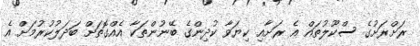
ރަށްރަށުގެ ސްކޫލުތައް އެ ރަށާއި ކިޔަވާ ކުދިންގެ ބޭނުންތަކާ އެއްގޮތަށް ބަދަލުކުރުމަށް އެ